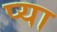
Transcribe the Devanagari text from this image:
प्या